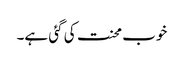
خوب محنت کی گئی ہے۔